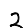
Digit: 2